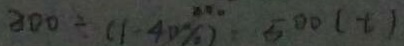
3 0 0 \div ( 1 - 4 0 \% ) = 5 0 0 ( t )